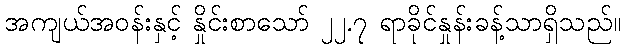
အကျယ်အဝန်းနှင့် နှိုင်းစာသော် ၂၂.၇ ရာခိုင်နှုန်းခန့်သာရှိသည်။